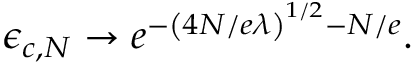
\epsilon _ { c , N } \rightarrow e ^ { - \left( 4 N / e \lambda \right) ^ { 1 / 2 } - N / e } .